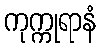
ကုက္ကုရာနံ